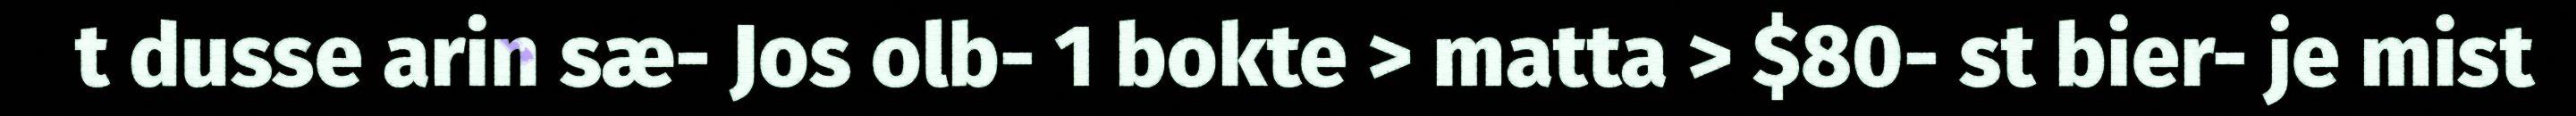
t dusse arin sæ- Jos olb- 1 bokte > matta > $80- st bier- je mist